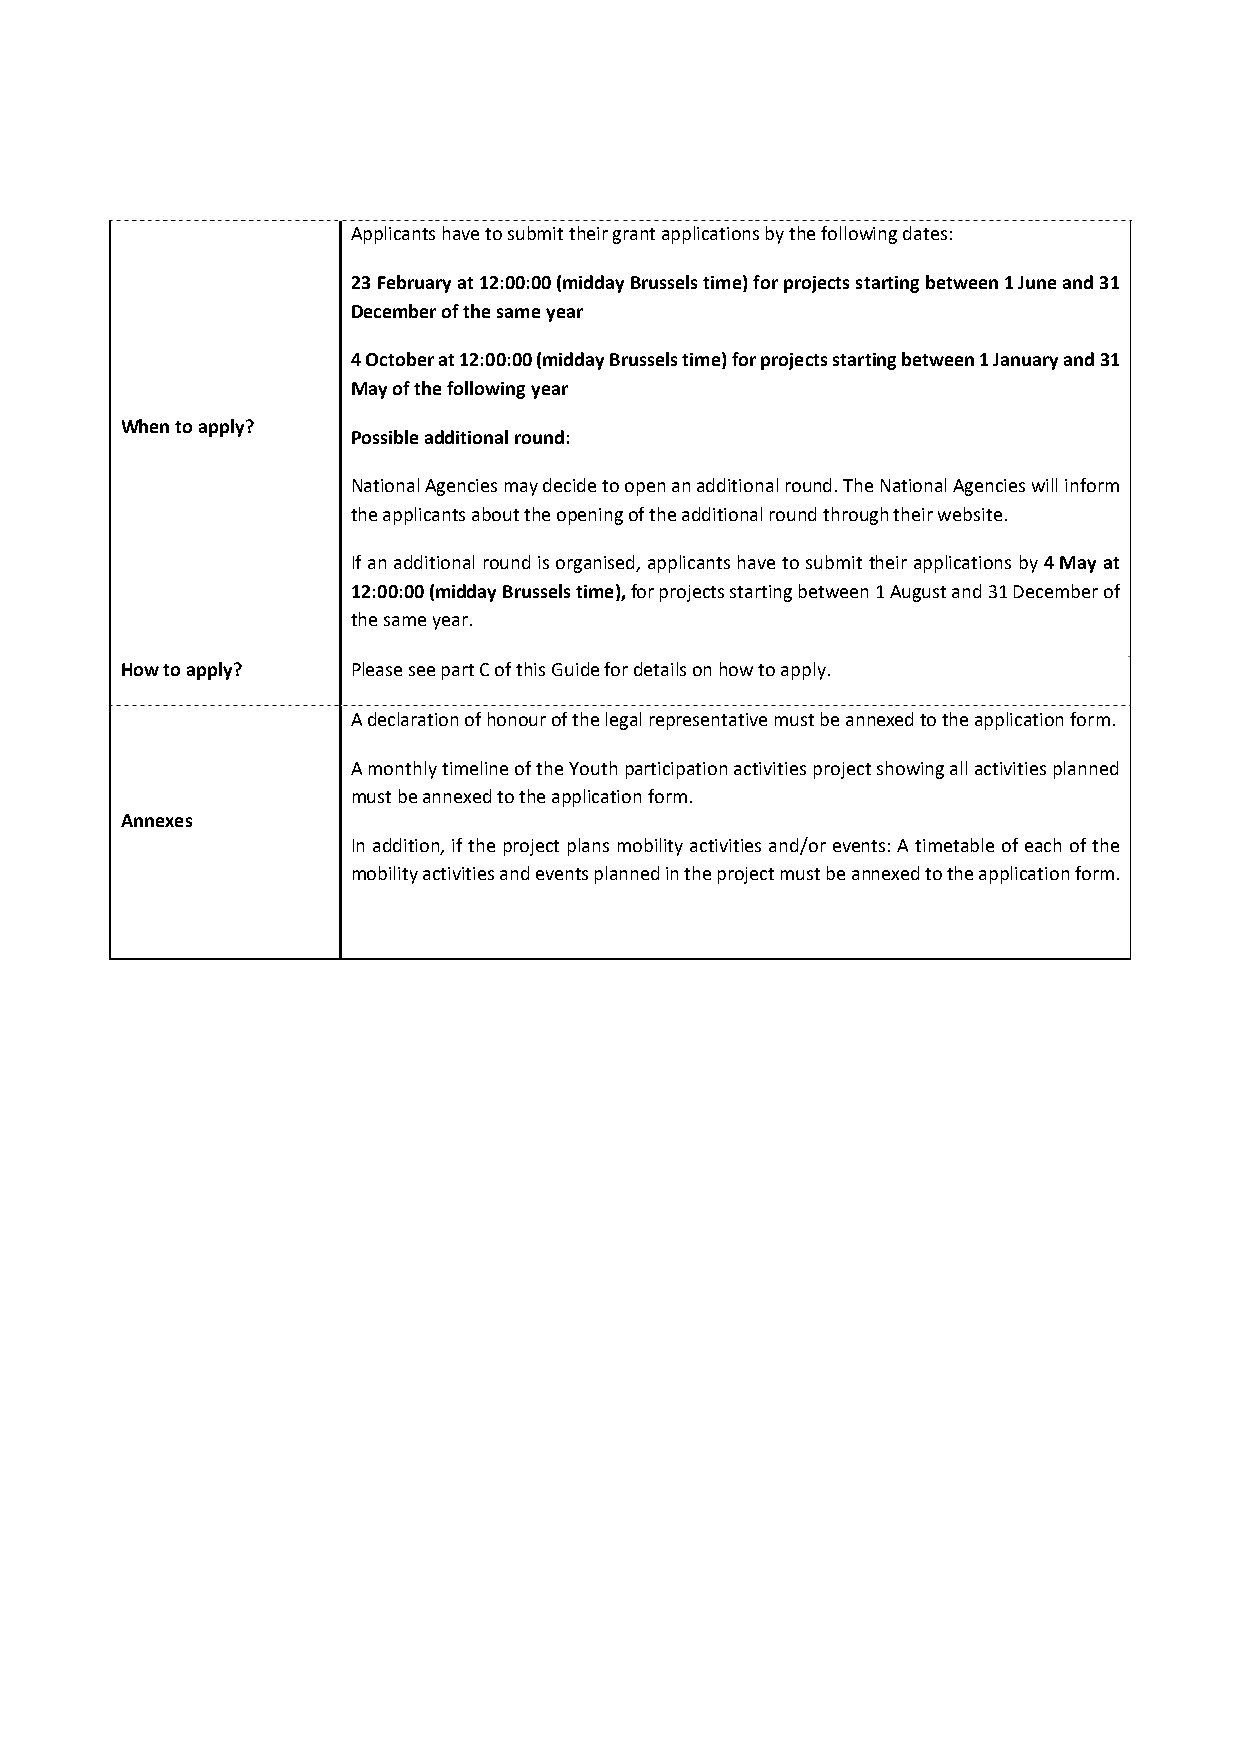
Applicants have to submit their grant applications by the following dates:
 23 February at 12:00:00 (midday Brussels time) for projects starting between 1 June and 31
 December of the same year
 4 October at 12:00:00 (midday Brussels time) for projects starting between 1 January and 31
 May of the following year
 When to apply?
 Possible additional round:
 National Agencies may decide to open an additional round. The National Agencies will inform
 the applicants about the opening of the additional round through their website.
 If an additional round is organised, applicants have to submit their applications by 4 May at
 12:00:00 (midday Brussels time), for projects starting between 1 August and 31 December of
 the same year.
 How to apply?  Please see part C of this Guide for details on how to apply.
 A declaration of honour of the legal representative must be annexed to the application form.
 A monthly timeline of the Youth participation activities project showing all activities planned
 must be annexed to the application form.
 Annexes
 In addition, if the project plans mobility activities and/or events: A timetable of each of the
 mobility activities and events planned in the project must be annexed to the application form.